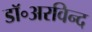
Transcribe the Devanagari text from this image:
डॉ॰अरविन्द